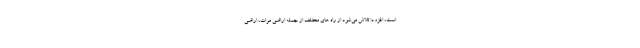
است، افزود: تلاش می‌شود از راه های مختلف از جمله اراضی موات، اراضی